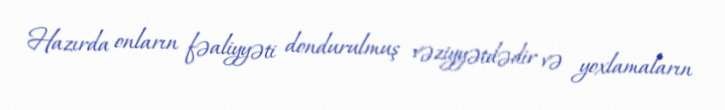
Hazırda onların fəaliyyəti dondurulmuş vəziyyətdədir və yoxlamaların